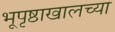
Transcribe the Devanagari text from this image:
भूपृष्ठाखालच्या